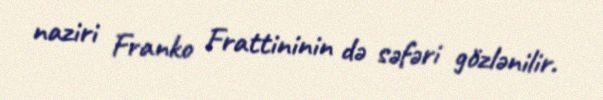
naziri Franko Frattininin də səfəri gözlənilir.